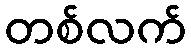
တစ်လက်